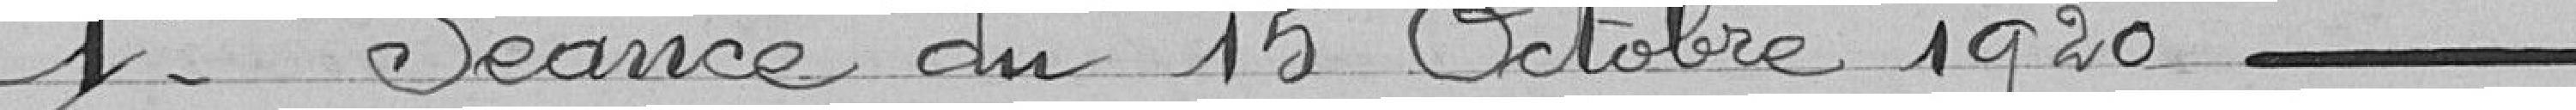
-------- 1° Séance du 15 Octobre 1920 -----------